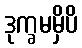
ဒုက္ခမမှိပိ